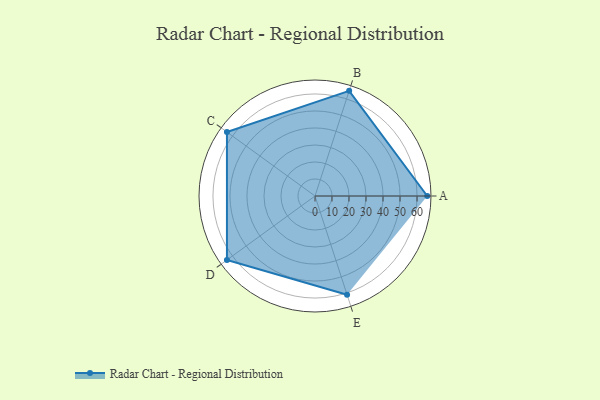
{"axis": {"x": "Skill", "y": "Score"}, "legend": ["Profile"], "data": [{"x": "A", "y": 66.0, "type": "Profile"}, {"x": "B", "y": 65.0, "type": "Profile"}, {"x": "C", "y": 64.0, "type": "Profile"}, {"x": "D", "y": 64.0, "type": "Profile"}, {"x": "E", "y": 61.0, "type": "Profile"}]}